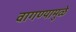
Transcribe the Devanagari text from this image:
वागण्यामुळे